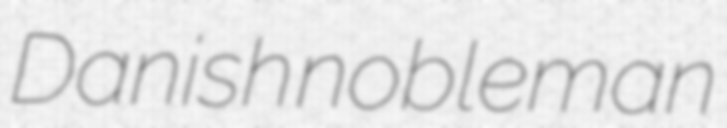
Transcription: Danish nobleman